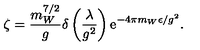
\zeta = \frac { m _ { W } ^ { 7 / 2 } } { g } \delta \left( \frac { \lambda } { g ^ { 2 } } \right) \mathrm { e } ^ { - 4 \pi m _ { W } \epsilon / g ^ { 2 } } .